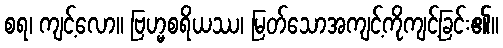
စရ၊ ကျင့်လော။ ဗြဟ္မစရိယဿ၊ မြတ်သောအကျင့်ကိုကျင့်ခြင်း၏။